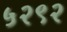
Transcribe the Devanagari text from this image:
५२९२